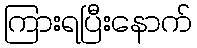
ကြားရပြီးနောက်